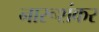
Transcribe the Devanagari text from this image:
नारूशंकर